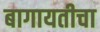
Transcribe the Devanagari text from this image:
बागायतीचा